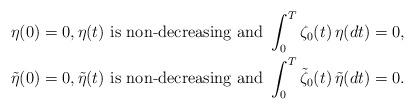
LaTeX: \begin{align*}& \eta(0) = 0, \eta(t) \mbox{ is non-decreasing and } \int_0^T \zeta_0(t) \, \eta(dt) = 0, \\& {\tilde{\eta}}(0) = 0, {\tilde{\eta}}(t) \mbox{ is non-decreasing and } \int_0^T {\tilde{\zeta}}_0(t) \, {\tilde{\eta}}(dt) = 0 .\end{align*}